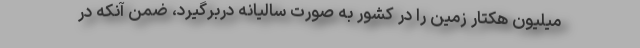
میلیون هکتار زمین را در کشور به صورت سالیانه دربرگیرد، ضمن آنکه در